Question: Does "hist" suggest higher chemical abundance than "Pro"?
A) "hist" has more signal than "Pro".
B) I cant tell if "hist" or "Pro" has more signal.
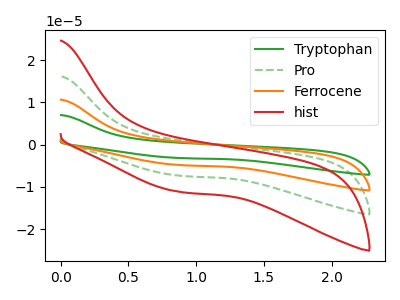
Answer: <think>The green curve "Tryptophan" has no peaks. The green dashed curve "Pro" has no peaks. The orange curve "Ferrocene" has no peaks. The red curve "hist" has no peaks.
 Neither "hist" or "Pro" have any peaks.</think>
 <answer>B) I cant tell if "hist" or "Pro" has more signal.</answer>
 <eval>B</eval>